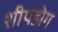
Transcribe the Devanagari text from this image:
शीपडोग